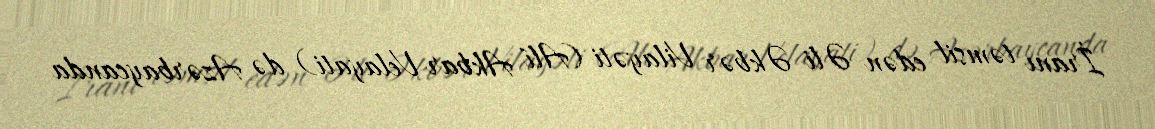
İranı təmsil edən Əli Əkbər Vilayəti (Alí Akbar Velayati) də Azərbaycanda